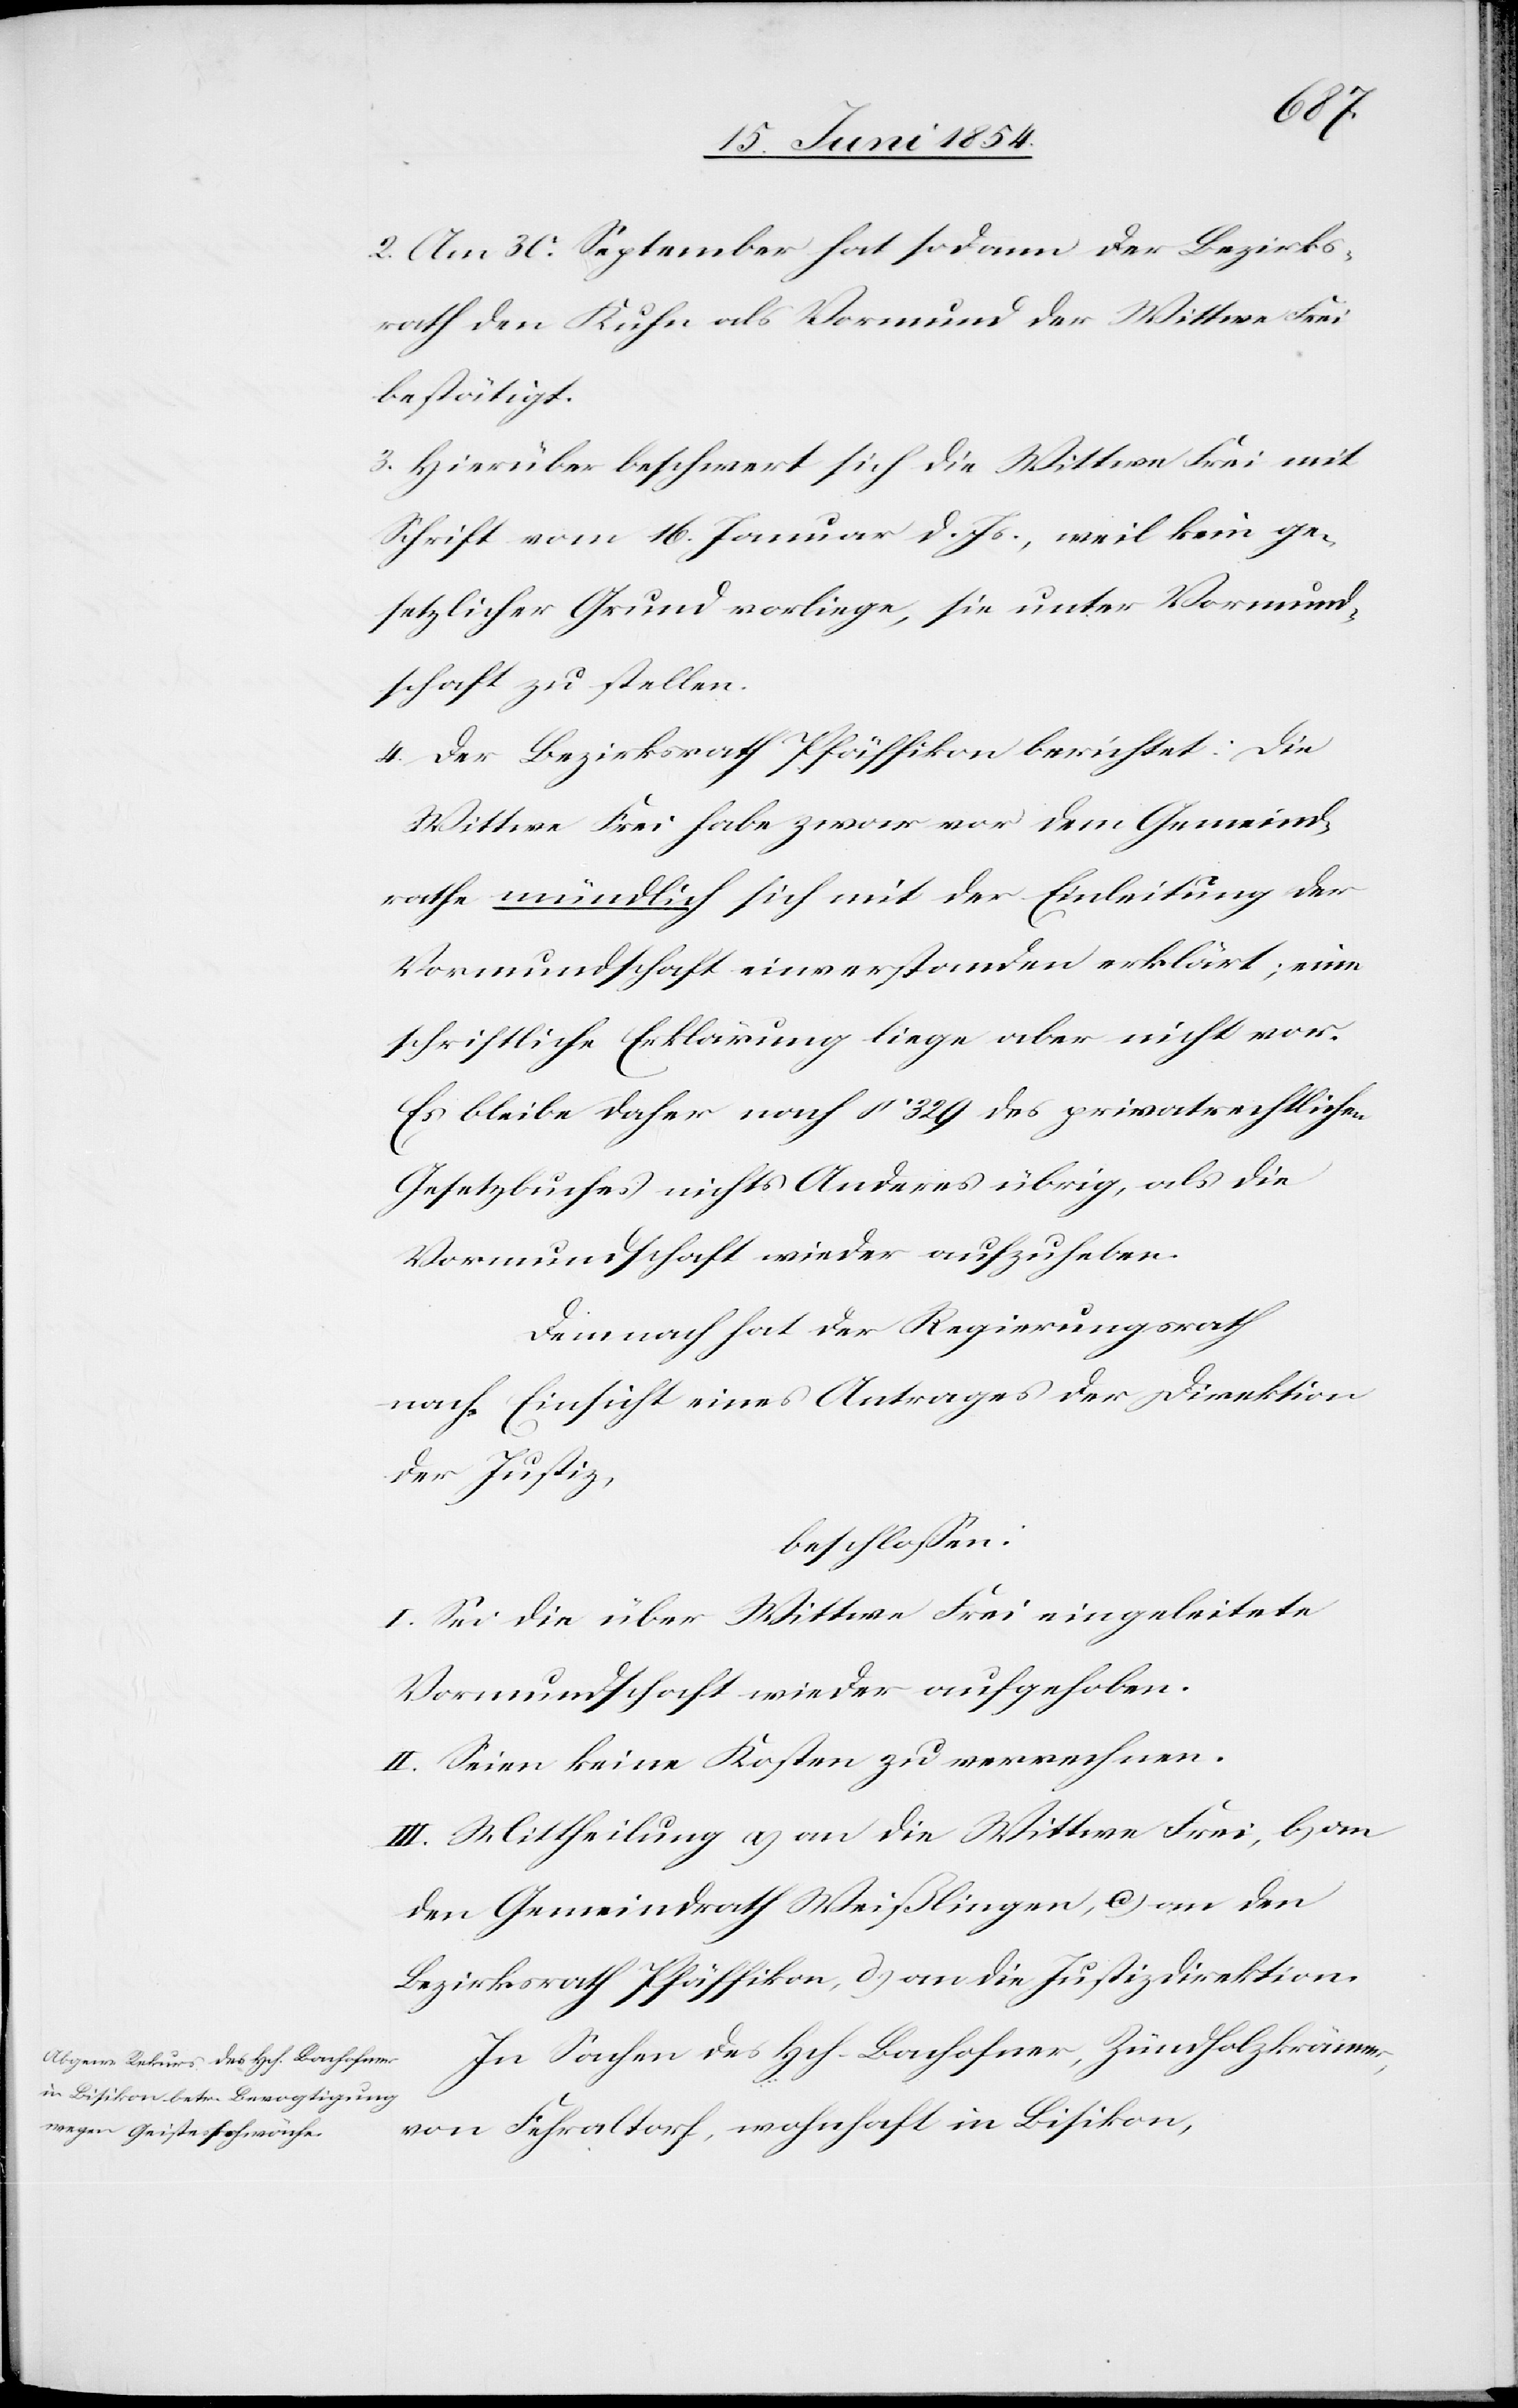
2. Am 30. September hat sodann der Bezirks¬
rath den Kuhn als Vormund der Wittwe Frei
bestätigt.
3. Hierüber beschwert sich die Wittwe Frei mit
Schrift vom 16. Januar d. Js., weil kein ge¬
setzlicher Grund vorliege, sie unter Vormund¬
schaft zu stellen.
4. Der Bezirksrath Pfäffikon berichtet: Die
Wittwe Frei habe zwar vor dem Gemeind¬
rathe mündlich sich mit der Einleitung der
Vormundschaft einverstanden erklärt; eine
schriftliche Erklärung liege aber nicht vor.
Es bleibe daher nach § 329 des privatrechtlichen
Gesetzbuches nichts Anderes übrig, als die
Vormundschaft wieder aufzuheben.
Demnach hat der Regierungsrath
nach Einsicht eines Antrages der Direktion
der Justiz,
beschloßen:
I. Sei die über Wittwe Frei eingeleitete
Vormundschaft wieder aufgehoben.
II. Seien keine Kosten zu verrechnen.
III. Mittheilung a) an die Wittwe Frei, b) an
den Gemeindrath Weißlingen, c) an den
Bezirksrath Pfäffikon, d) an die Justizdirektion.
In Sachen des Hch. Bachofner, Zündholzkrämer,
von Fehraltorf, wohnhaft in Bisikon,